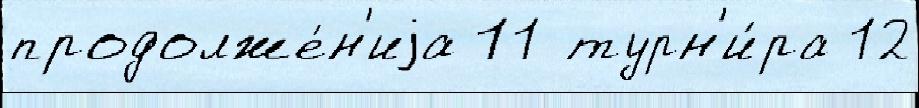
продолже́н'иjа 11 турн'и́ра 12